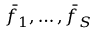
\bar { f } _ { 1 } , \ldots , \bar { f } _ { S }